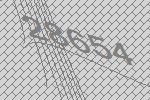
28654